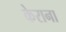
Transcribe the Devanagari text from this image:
केराना